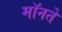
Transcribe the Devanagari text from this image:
मॉनते